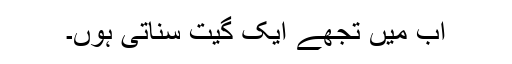
اب میں تجھے ایک گیت سناتی ہوں۔